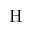
\mathrm { H }